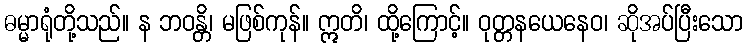
ဓမ္မာရုံတို့သည်။ န ဘဝန္တိ၊ မဖြစ်ကုန်။ ဣတိ၊ ထို့ကြောင့်။ ဝုတ္တနယေနေဝ၊ ဆိုအပ်ပြီးသော